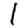
Digit: 1